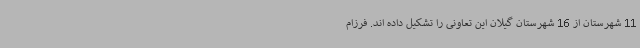
11 شهرستان از 16 شهرستان گیلان این تعاونی را تشکیل داده اند. فرزام